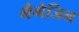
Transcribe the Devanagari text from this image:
मैगेजिन